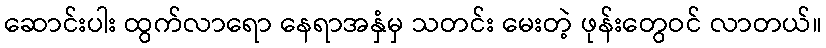
ဆောင်းပါး ထွက်လာရော နေရာအနှံမှ သတင်း မေးတဲ့ ဖုန်းတွေဝင် လာတယ်။